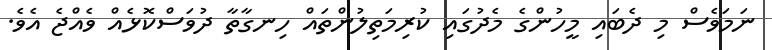
ނަމަވެސް މި ދެބައި މީހުންގެ މެދުގައި ކުރިމަތިލުންތައް ހިނގާތާ ދުވަސްކޮޅެއް ވެއްޖެ އެވެ.